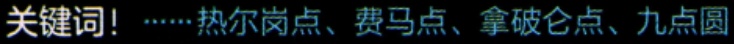
关键词！……热尔岗点、费马点、拿破仑点、九点圆